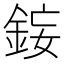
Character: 𨦩